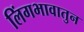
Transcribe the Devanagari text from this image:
लिंगभावातुन